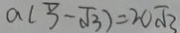
a ( 3 - \sqrt { 3 } ) = 2 0 \sqrt { 3 }